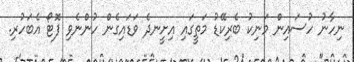
ނިހާނު ހުސައިން މަނިކު ބެރިކޭޑު މަތީގައި އިށީނދެ ވަޑައިގެން ހުންނެވި ފޮޓޯ އެބަހުރި.